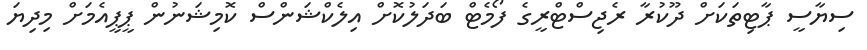
ސިޔާސީ ޕާޓިތަކަށް ދޫކުރާ ރެޖިސްޓްރީގެ ފޯމެޓް ބަދަލުކޮށް އިލެކްޝަންސް ކޮމިޝަނުން ޕީޕީއެމަށް މިދިޔަ